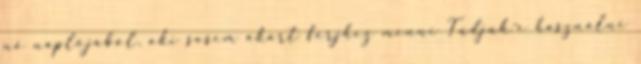
nő naplójából, aki sosem akart férjhez menni Tudjuk-e használni